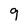
Character: 9